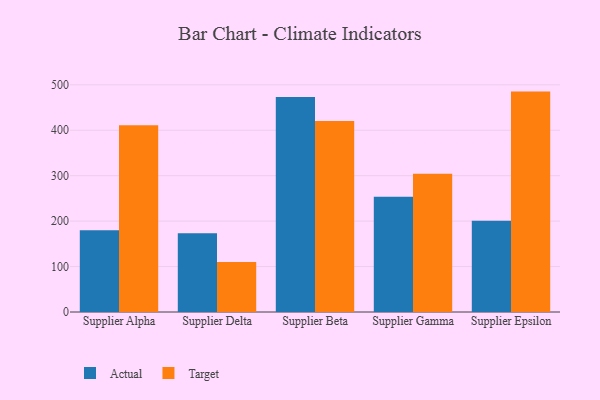
{"axis": {"x": "Supplier", "y": "Net Income (USD K)"}, "legend": ["Actual", "Target"], "data": [{"x": "Supplier Alpha", "y": 180.1, "type": "Actual"}, {"x": "Supplier Alpha", "y": 411.0, "type": "Target"}, {"x": "Supplier Delta", "y": 173.5, "type": "Actual"}, {"x": "Supplier Delta", "y": 110.1, "type": "Target"}, {"x": "Supplier Beta", "y": 473.3, "type": "Actual"}, {"x": "Supplier Beta", "y": 420.6, "type": "Target"}, {"x": "Supplier Gamma", "y": 253.6, "type": "Actual"}, {"x": "Supplier Gamma", "y": 304.5, "type": "Target"}, {"x": "Supplier Epsilon", "y": 200.9, "type": "Actual"}, {"x": "Supplier Epsilon", "y": 485.1, "type": "Target"}]}